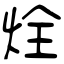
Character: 烇